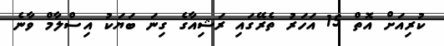
ކުރިއަށް އޮތް 15 އަހަރު ތެރޭގައި ރަޝިއާގެ ގިނަ ބަޔަކު އިސްލާމް ވާނެ